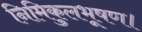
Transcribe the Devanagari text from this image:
निमिकुलभूषण।